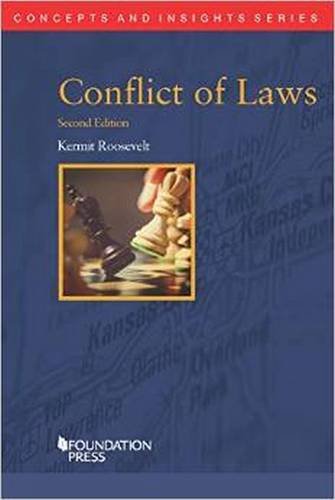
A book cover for Conflict of Laws (Concepts and Insights); Kermit Roosevelt; Law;